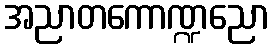
အညာတကောဏ္ဍညော